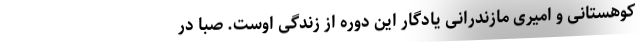
کوهستانی و امیری مازندرانی یادگار این دوره از زندگی اوست. صبا در